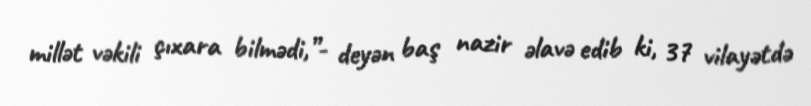
millət vəkili çıxara bilmədi,”- deyən baş nazir əlavə edib ki, 37 vilayətdə